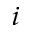
_ i